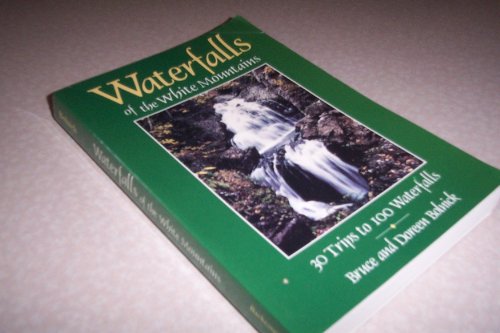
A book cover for Waterfalls of the White Mountains: Thirty Trips to One Hundred Waterfalls; Bruce Bolnick; Travel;